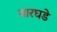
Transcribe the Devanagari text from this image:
वारघडे